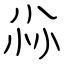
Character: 尛